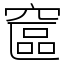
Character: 䆰